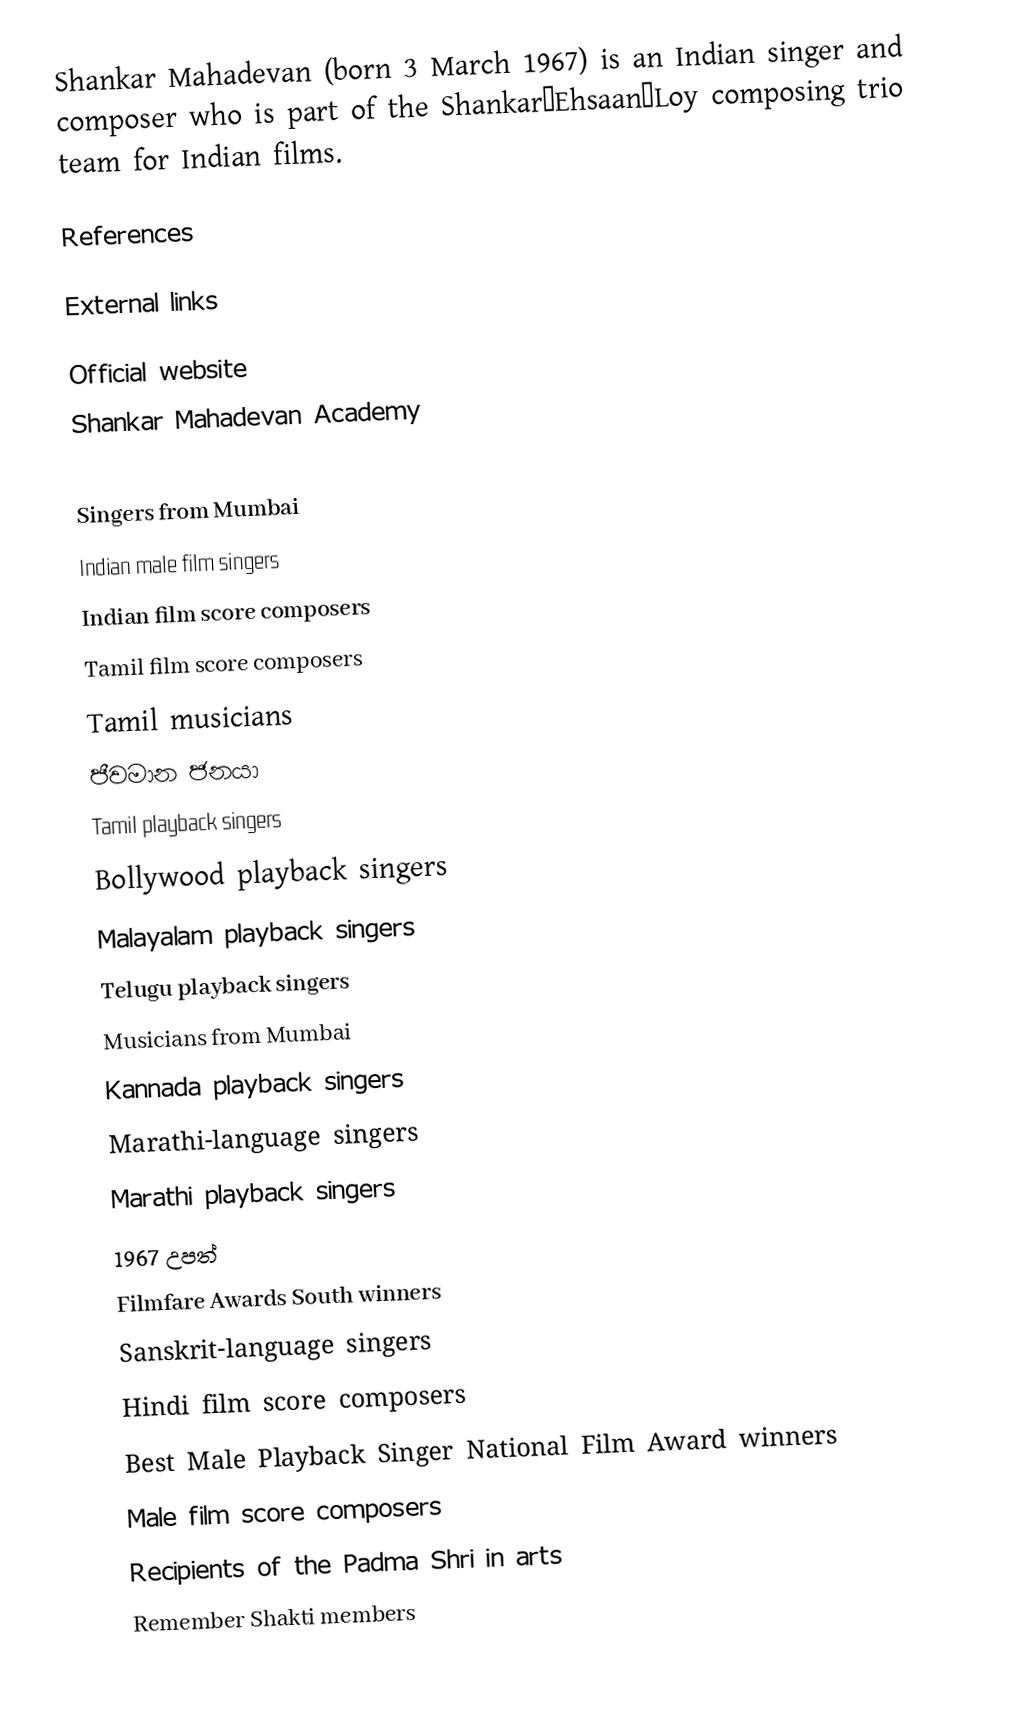
Shankar Mahadevan (born 3 March 1967) is an Indian singer and composer who is part of the Shankar–Ehsaan–Loy composing trio team for Indian films.

References

External links

 Official website
 Shankar Mahadevan Academy

Singers from Mumbai
Indian male film singers
Indian film score composers
Tamil film score composers
Tamil musicians
ජීවමාන ජනයා
Tamil playback singers
Bollywood playback singers
Malayalam playback singers
Telugu playback singers
Musicians from Mumbai
Kannada playback singers
Marathi-language singers
Marathi playback singers
1967 උපත්
Filmfare Awards South winners
Sanskrit-language singers
Hindi film score composers
Best Male Playback Singer National Film Award winners
Male film score composers
Recipients of the Padma Shri in arts
Remember Shakti members